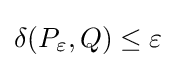
\delta (P_{\varepsilon },Q)\leq \varepsilon